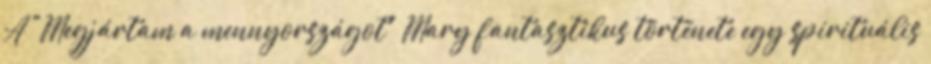
A "Megjártam a mennyországot" Mary fantasztikus története egy spirituális